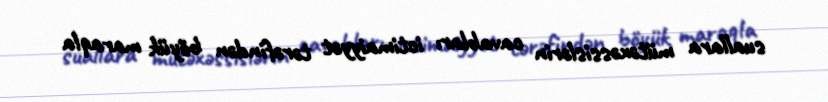
suallara mütəxəssislərin cavabları ictimaiyyət tərəfindən böyük maraqla